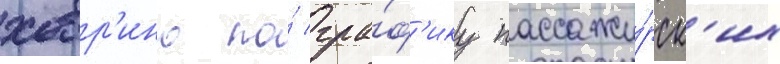
ховр'ино по́ гра́ф'ику пассажи́рск'их